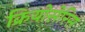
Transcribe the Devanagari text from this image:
क्रियोसेरिस